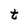
Character: t